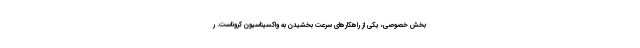
بخش خصوصی، یکی از راهکارهای سرعت بخشیدن به واکسیناسیون کروناست. ر